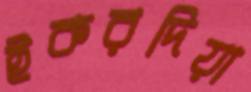
ইকরদিয়া